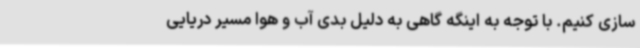
سازی کنیم. با توجه به اینگه گاهی به دلیل بدی آب و هوا مسیر دریایی